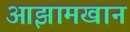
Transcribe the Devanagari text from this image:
आझामखान